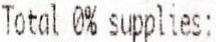
TOTAL 0% SUPPLIES: